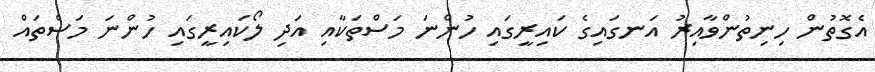
އެގޮތުން ހިނިތުންވާއިރު އަނގައިގެ ކައިރީގައި ހުންނަ މަސްތަކާއި އަދި ލޯކައިރީގައި ހުންނަ މަސްތައް